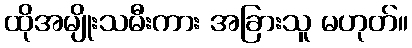
ထိုအမျိုးသမီးကား အခြားသူ မဟုတ်။